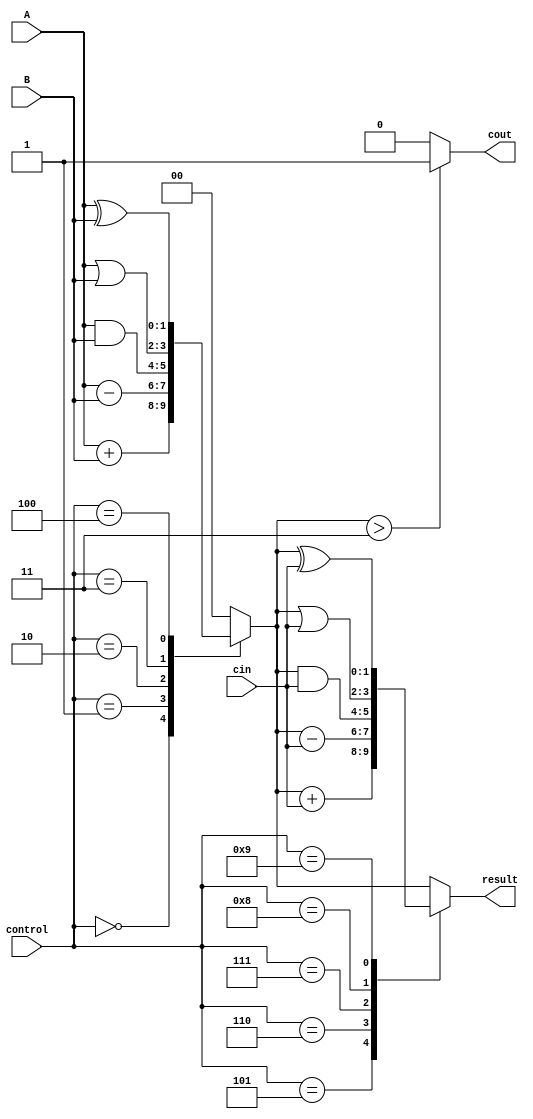
module alu(input [1:0] A, input [1:0] B, input [3:0] control, input cin, output reg cout, output reg [1:0] result);

reg [1:0] temp_result;

always @(A, B, control) begin
    case(control)
        4'b0000: temp_result = A + B; // Addition
        4'b0001: temp_result = A - B; // Subtraction
        4'b0010: temp_result = A & B; // AND
        4'b0011: temp_result = A | B; // OR
        4'b0100: temp_result = A ^ B; // XOR
        default: temp_result = 2'b0; // Default value
    endcase
end

always @(temp_result, cin) begin
    case(control)
        4'b0101: result = temp_result + cin; // Carry-in addition
        4'b0110: result = temp_result - cin; // Carry-in subtraction
        4'b0111: result = temp_result & cin; // Carry-in AND
        4'b1000: result = temp_result | cin; // Carry-in OR
        4'b1001: result = temp_result ^ cin; // Carry-in XOR
        default: result = temp_result; // Default value
    endcase
end

always @(temp_result) begin
    if(temp_result > 2'b11) begin
        cout = 1; // Set overflow flag
    end else begin
        cout = 0; // Clear overflow flag
    end
end

endmodule